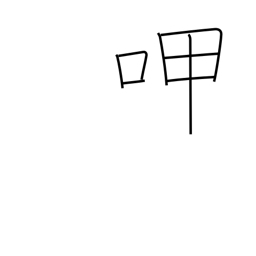
Meaning: sip